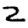
Digit: 2